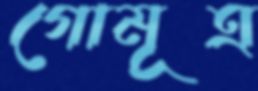
গোমূত্র